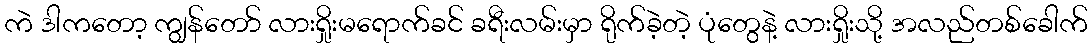
ကဲ ဒါကတော့ ကျွန်တော် လားရှိုးမရောက်ခင် ခရီးလမ်းမှာ ရိုက်ခဲ့တဲ့ ပုံတွေနဲ့ လားရှိုးသို့ အလည်တစ်ခေါက်